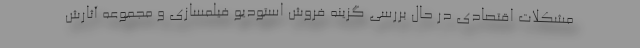
مشکلات اقتصادی در حال بررسی گزینه فروش استودیو فیلمسازی و مجموعه آثارش